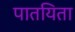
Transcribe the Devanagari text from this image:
पातयिता